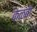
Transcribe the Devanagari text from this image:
कळंबी